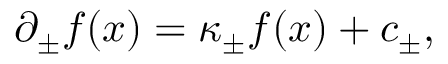
\partial _ { \pm } f ( x ) = \kappa _ { \pm } f ( x ) + c _ { \pm } ,